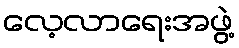
လေ့လာရေးအဖွဲ့